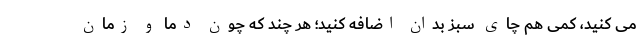
می کنید، کمی هم چای سبز بدان اضافه کنید؛ هر چند که چون دما و زمان